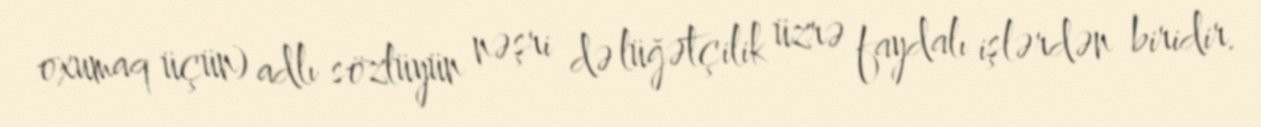
oxumaq üçün) adlı sözlüyün nəşri də lüğətçilik üzrə faydalı işlərdən biridir.